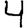
Digit: 4